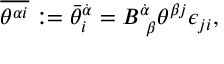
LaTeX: \overline { { { \theta ^ { \alpha i } } } } : = { \bar { \theta } } _ { i } ^ { \dot { \alpha } } = B _ { ~ \beta } ^ { \dot { \alpha } } \theta ^ { \beta j } \epsilon _ { j i } ,